画像に写った文字を読んでください
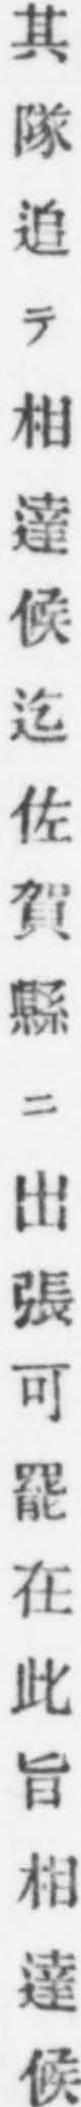
「其隊追テ相達候迄佐賀縣ニ出張可罷在此旨相達候」と書いてあります